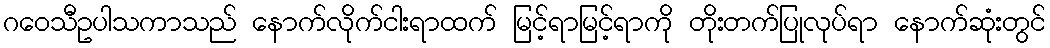
ဂဝေသီဥပါသကာသည် နောက်လိုက်ငါးရာထက် မြင့်ရာမြင့်ရာကို တိုးတက်ပြုလုပ်ရာ နောက်ဆုံးတွင်